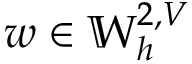
w \in \mathbb { W } _ { h } ^ { 2 , V }